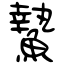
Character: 䲀